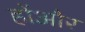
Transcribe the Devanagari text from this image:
होंऔर